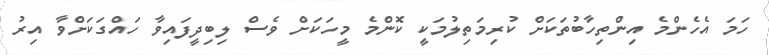
ހަމަ އެހެންމެ އިންތިހާބުތަކަށް ކުރިމަތިލުމަކީ ކޮންމެ މީހަކަށް ވެސް ލިބިދީފައިވާ ހައްގަކަށްވާ އިރު